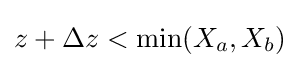
z+\Delta z<\min(X_{a},X_{b})